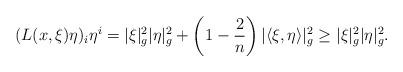
LaTeX: \begin{align*}(L(x,\xi)\eta)_i\eta^i=\vert\xi\vert^2_g\vert\eta\vert^2_g+\left(1-\frac{2}{n}\right)\vert\langle\xi,\eta\rangle\vert^2_g\geq\vert\xi\vert^2_g\vert\eta\vert_g^2.\end{align*}